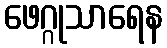
ဖေဂ္ဂုသာရေန